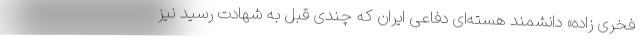
فخری زاده» دانشمند هسته‌ای دفاعی ایران که چندی قبل به شهادت رسید نیز